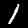
Digit: 1